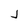
Character: j